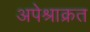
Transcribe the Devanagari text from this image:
अपेश्राक्रत